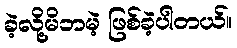
ခဲ့လို့မိဘမဲ့ ဖြစ်ခဲ့ပါတယ်။